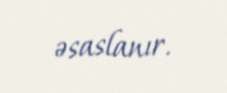
əsaslanır.